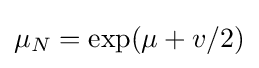
{\textstyle \mu _{N}=\exp(\mu +v/2)}